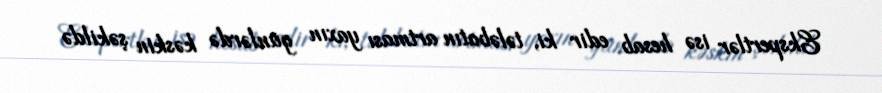
Ekspertlər isə hesab edir ki, tələbatın artması yaxın günlərdə kəskin şəkildə